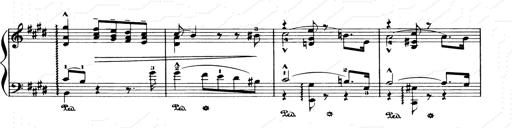
Title: Consolations and LiebestrÃ¤ume for the Piano
Composer: Franz Liszt